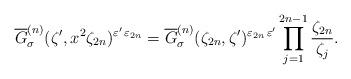
LaTeX: \begin{align*}\overline{G}_{\sigma}^{(n)} (\zeta', x^{2}\zeta_{2n})^{\varepsilon'\,\varepsilon_{2n}}=\overline{G}_{\sigma}^{(n)} (\zeta_{2n},\zeta')^{\varepsilon_{2n}\,\varepsilon'}\prod_{j=1}^{2n-1} \frac{\zeta_{2n}}{\zeta_j}.\end{align*}